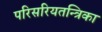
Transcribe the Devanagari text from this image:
परिसरियतन्त्रिका